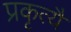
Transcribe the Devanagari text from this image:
प्रकृत्यै